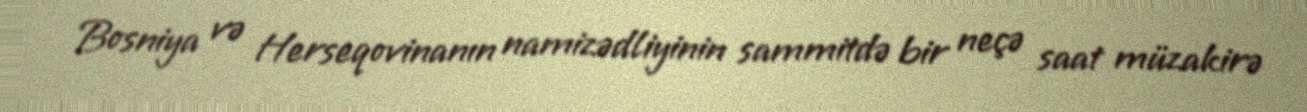
Bosniya və Herseqovinanın namizədliyinin sammitdə bir neçə saat müzakirə